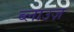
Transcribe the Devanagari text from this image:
ब्लाउज़